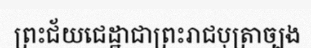
ព្រះជ័យជេដ្ឋាជាព្រះរាជបុត្រាច្បង